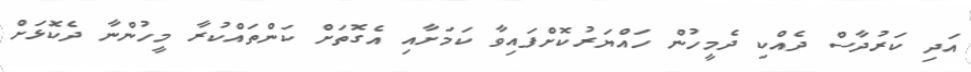
އަދި ކަރުދާސް ދެއްކި ދެމީހުން ހައްޔަރުކޮށްފައިވާ ކަމަށާއި އެގޮތަށް ކަންތައްކުރާ މީހުންނާ ދެކޮޅަށް